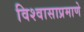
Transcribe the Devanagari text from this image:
विश्वासाप्रमाणे